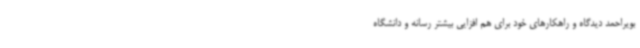
بویراحمد دیدگاه و راهکارهای خود برای هم افزایی بیشتر رسانه و دانشگاه